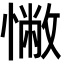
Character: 𢠳